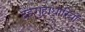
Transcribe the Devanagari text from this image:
देहगुहाधारियों